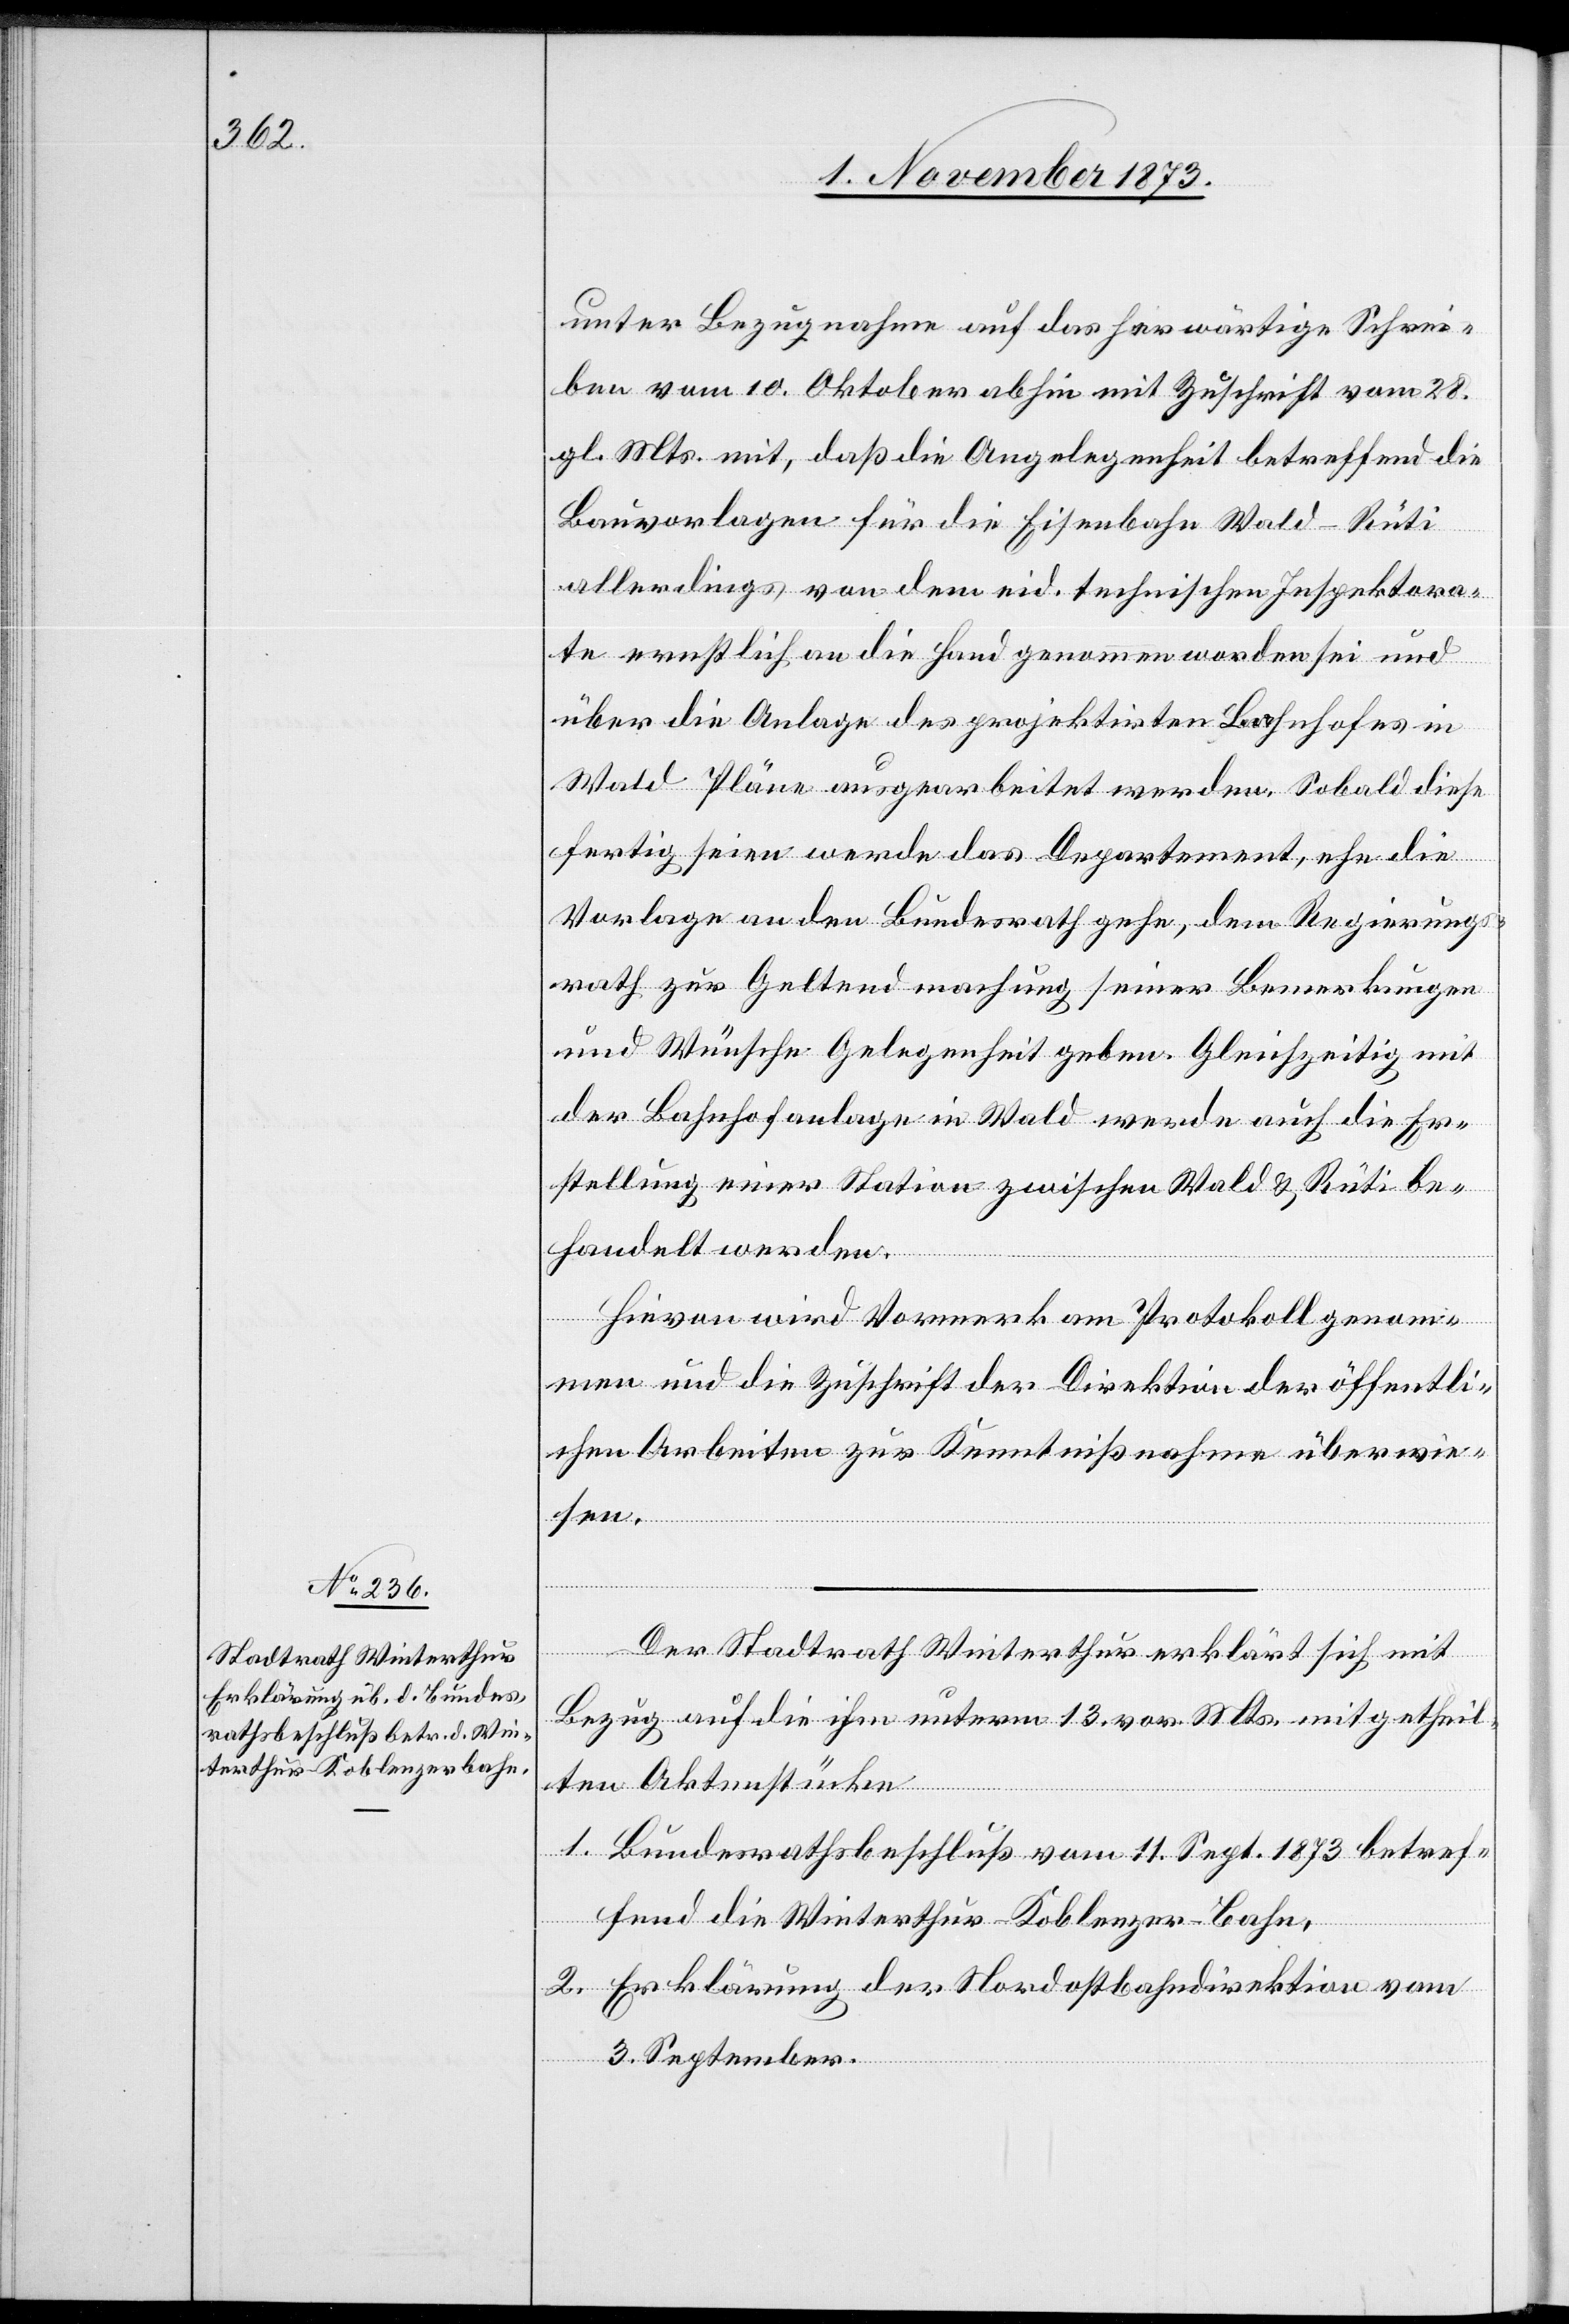
unter Bezugnahme auf das herwärtige Schrei¬
ben vom 10. Oktober abhin mit Zuschrift vom 28.
gl. Mts. mit, daß die Angelegenheit betreffend die
Bauvorlagen für die Eisenbahn Wald–Rüti
allerdings von dem eid. technischen Inspektora¬
te ernstlich an die Hand genommen worden sei und
über die Anlage des projektirten Bahnhofes in
Wald Pläne ausgearbeitet werden. Sobald diese
fertig seien werde das Departement, ehe die
Vorlage an den Bundesrath gehe, dem Regierungs¬
rath zur Geltendmachung seiner Bemerkungen
und Wünsche Gelegenheit geben. Gleichzeitig mit
der Bahnhofanlage in Wald werde auch die Er¬
stellung einer Station zwischen Wald & Rüti be¬
handelt werden.
Hievon wird Vormerk am Protokoll genom¬
men und die Zuschrift der Direktion der öffentli¬
chen Arbeiten zur Kenntnißnahme überwie¬
sen.
Der Stadtrath Winterthur erklärt sich mit
Bezug auf die ihm unterm 13. vor. Mts. mitgetheil¬
ten Aktenstücke
1. Bundesrathsbeschluß vom 11. Sept. 1873 betref¬
fend die Winterthur–Koblenzer-Bahn,
2. Erklärung der Nordostbahndirektion vom
3. September.